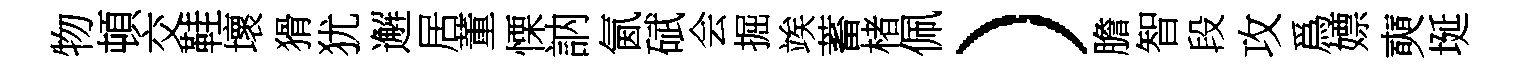
物頓交鞋壞猾犹邂居董慄訥氤碔会掘竢蓄楮佩）膽智段攻爲嫖奭埏